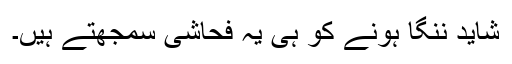
شاید ننگا ہونے کو ہی یہ فحاشی سمجھتے ہیں۔